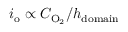
i _ { \mathrm { o } } \propto C _ { \mathrm { O } _ { 2 } } / h _ { \mathrm { d o m a i n } }